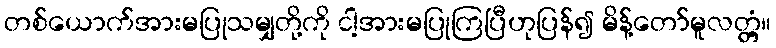
တစ်ယောက်အားမပြုသမျှတို့ကို ငါ့အားမပြုကြပြီဟုပြန်၍ မိန့်တော်မူလတ္တံ့။